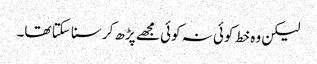
لیکن وہ خط کوئی نہ کوئی مجھے پڑھ کر سنا سکتا تھا۔